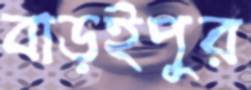
বাড়ইপুর